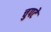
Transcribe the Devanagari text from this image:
चुपटे